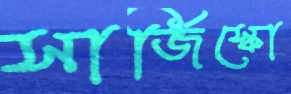
সার্জিস্কো